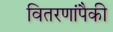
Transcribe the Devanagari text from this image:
वितरणांपैकी